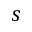
s